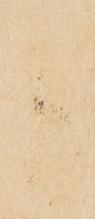
候